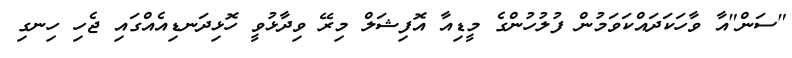
"ސަން"އާ ވާހަކަދައްކަވަމުން ފުލުހުންގެ މީޑިއާ އޮފިޝަލް މިރޭ ވިދާޅުވީ ހޮޅިދަނޑިއެއްގައި ޖެހި ހިނގި